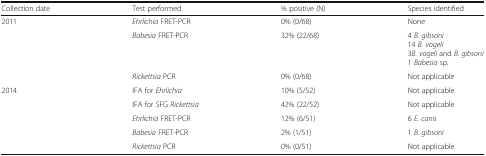
<table><thead><tr><td><b>Collection date</b></td><td><b>Test performed</b></td><td><b>% positive (N)</b></td><td><b>Species identified</b></td></tr></thead><tbody><tr><td rowspan="3">2011</td><td><i>Ehrlichia</i> FRET-PCR</td><td>0% (0/68)</td><td>None</td></tr><tr><td><i>Babesia</i> FRET-PCR</td><td>32% (22/68)</td><td>4 <i>B. gibsoni</i>14 <i>B. vogeli</i>3<i>B. vogeli</i> and <i>B. gibsoni</i>1 <i>Babesia</i> sp.</td></tr><tr><td><i>Rickettsia</i> PCR</td><td>0% (0/68)</td><td>Not applicable</td></tr><tr><td rowspan="5">2014</td><td>IFA for <i>Ehrlichia</i></td><td>10% (5/52)</td><td>Not applicable</td></tr><tr><td>IFA for SFG <i>Rickettsia</i></td><td>42% (22/52)</td><td>Not applicable</td></tr><tr><td><i>Ehrlichia</i> FRET-PCR</td><td>12% (6/51)</td><td>6 <i>E. canis</i></td></tr><tr><td><i>Babesia</i> FRET-PCR</td><td>2% (1/51)</td><td>1 <i>B. gibsoni</i></td></tr><tr><td><i>Rickettsia</i> PCR</td><td>0% (0/51)</td><td>Not applicable</td></tr></tbody></table>